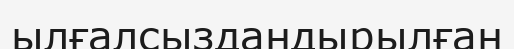
ылғалсыздандырылған